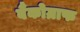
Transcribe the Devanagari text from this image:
बैंकोग्राफ